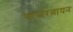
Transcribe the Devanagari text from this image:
वाजरत्नायन